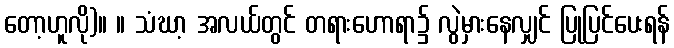
တော့ဟူလို)။ ။ သံဃာ့ အလယ်တွင် တရားဟောရာ၌ လွဲမှားနေလျှင် ပြုပြင်ပေးရန်